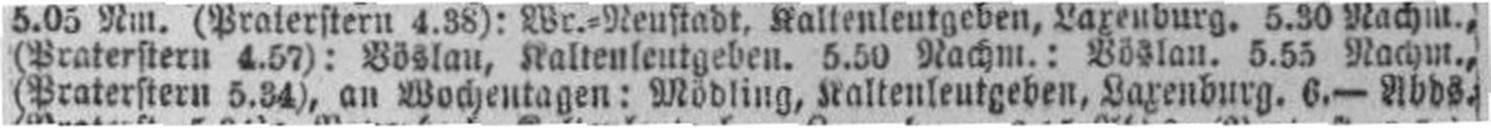
(Praterstern 5.34), an Wochentagen: Mödling, Kaltenleutgeben, Laxenburg. 6.— Abds.